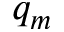
q _ { m }